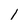
Character: l